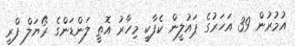
އުމުރުން 39 އަހަރުގެ ޕައުލީން ކެފާކީ މިހާރު އޮތީ ލަންޑަންގެ ރޯޔަލް ފްރީ